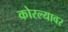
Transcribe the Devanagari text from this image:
कोरल्यावर